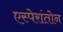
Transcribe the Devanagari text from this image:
एस्पेरांतोन